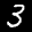
Label: 3